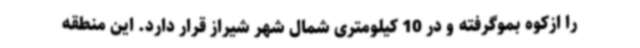
را ازکوه بموگرفته و در 10 کیلومتری شمال شهر شیراز قرار دارد. این منطقه